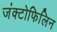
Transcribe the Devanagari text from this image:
जंक्टोफिलिन